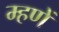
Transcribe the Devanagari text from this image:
म्हणें